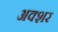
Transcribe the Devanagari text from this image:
अक्शर